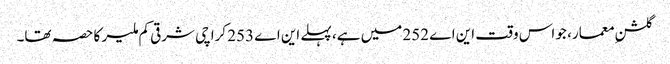
گلشنِ معمار، جو اس وقت این اے 252 میں ہے، پہلے این اے 253 کراچی شرقی کم ملیر کا حصہ تھا۔